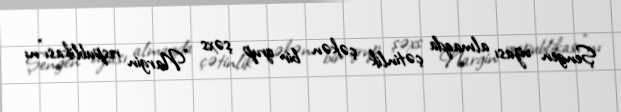
Şengen vizası almaqda çətinlik çəkən bir qrup şəxs "Nargin respublikası"nı